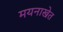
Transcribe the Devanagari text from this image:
मयनाखेत